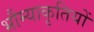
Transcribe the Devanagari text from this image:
भौम्याकृतियों